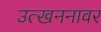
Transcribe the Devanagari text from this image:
उत्खननावर